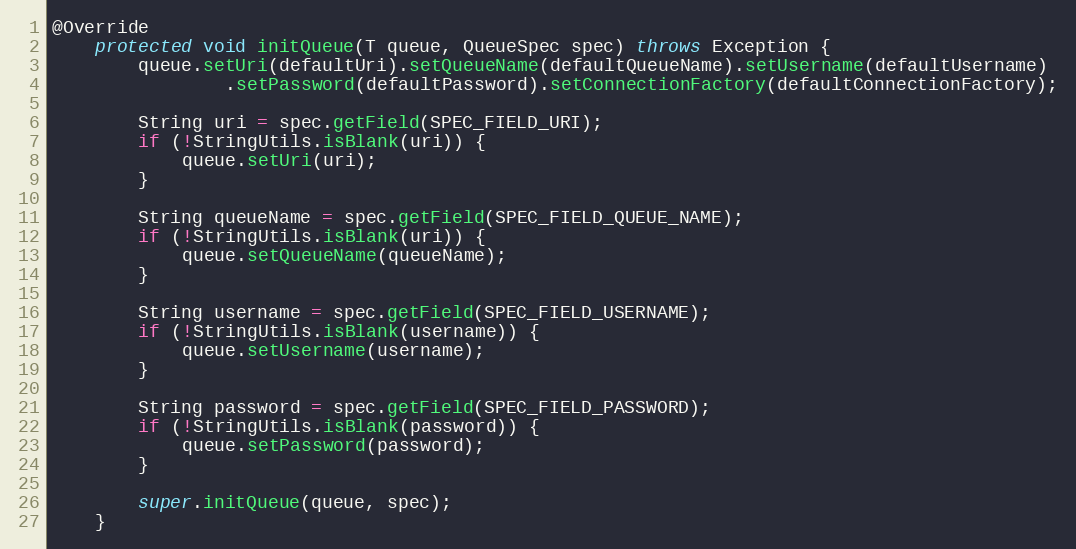
Language: Java
@Override
    protected void initQueue(T queue, QueueSpec spec) throws Exception {
        queue.setUri(defaultUri).setQueueName(defaultQueueName).setUsername(defaultUsername)
                .setPassword(defaultPassword).setConnectionFactory(defaultConnectionFactory);

        String uri = spec.getField(SPEC_FIELD_URI);
        if (!StringUtils.isBlank(uri)) {
            queue.setUri(uri);
        }

        String queueName = spec.getField(SPEC_FIELD_QUEUE_NAME);
        if (!StringUtils.isBlank(uri)) {
            queue.setQueueName(queueName);
        }

        String username = spec.getField(SPEC_FIELD_USERNAME);
        if (!StringUtils.isBlank(username)) {
            queue.setUsername(username);
        }

        String password = spec.getField(SPEC_FIELD_PASSWORD);
        if (!StringUtils.isBlank(password)) {
            queue.setPassword(password);
        }

        super.initQueue(queue, spec);
    }